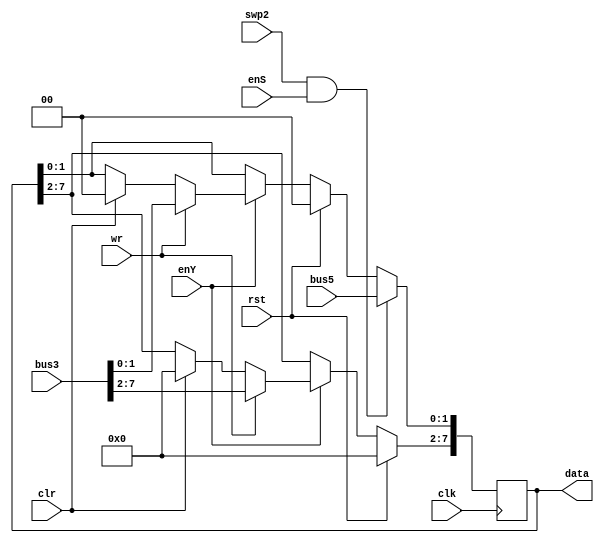
`timescale 1ns / 1ps
//////////////////////////////////////////////////////////////////////////////////
// Company: 
// Engineer: 
// 
// Design Name: 
// Module Name:    R10 
// Project Name: 
// Target Devices: 
// Tool versions: 
// Description: 
//
// Dependencies: 
//
// Revision: 
// Revision 0.01 - File Created
// Additional Comments: 
//
//////////////////////////////////////////////////////////////////////////////////
module R10(wr,rst,clr,enY,enS,swp2,clk,bus3,/*bus4,*/bus5,data
    );

input wr,enY,enS,rst,clr,swp2;
input clk;
input [1:0] bus5;
//output [1:0] bus4;
input [7:0] bus3;
output reg [7:0] data= 8'b0;

always @ (negedge clk) begin
	if (rst)
	   data<= 8'b0;
		
	else if (enY) begin
	if (wr)
	data <= bus3;
	else if (clr)
	data<= 8'b0; end
	
	//if (enC) begin 
	if (swp2 & enS)
	data[1:0]<= bus5;
   //end

end
	
endmodule